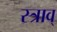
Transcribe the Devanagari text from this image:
स्त्राव्